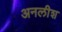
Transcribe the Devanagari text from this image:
अनलीश